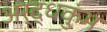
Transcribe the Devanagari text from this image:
अर्द्धकुंभ